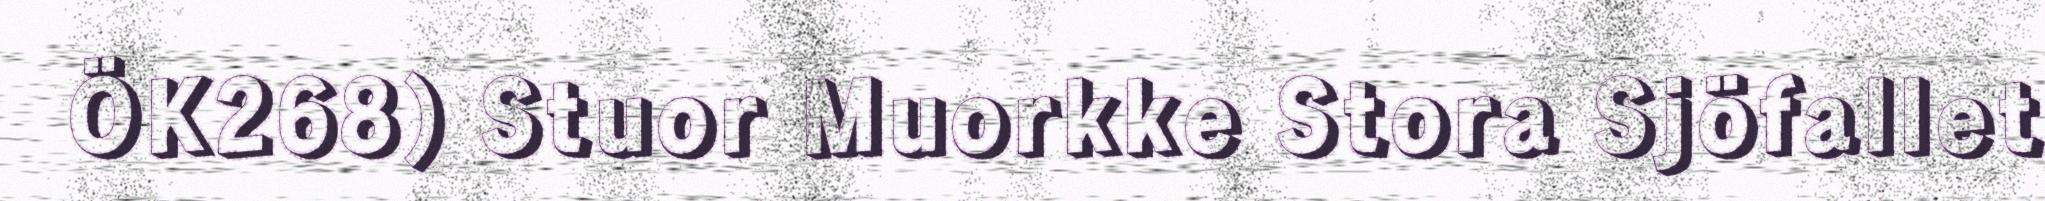
ÖK268) Stuor Muorkke Stora Sjöfallet